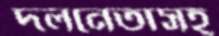
দলনেতাসহ